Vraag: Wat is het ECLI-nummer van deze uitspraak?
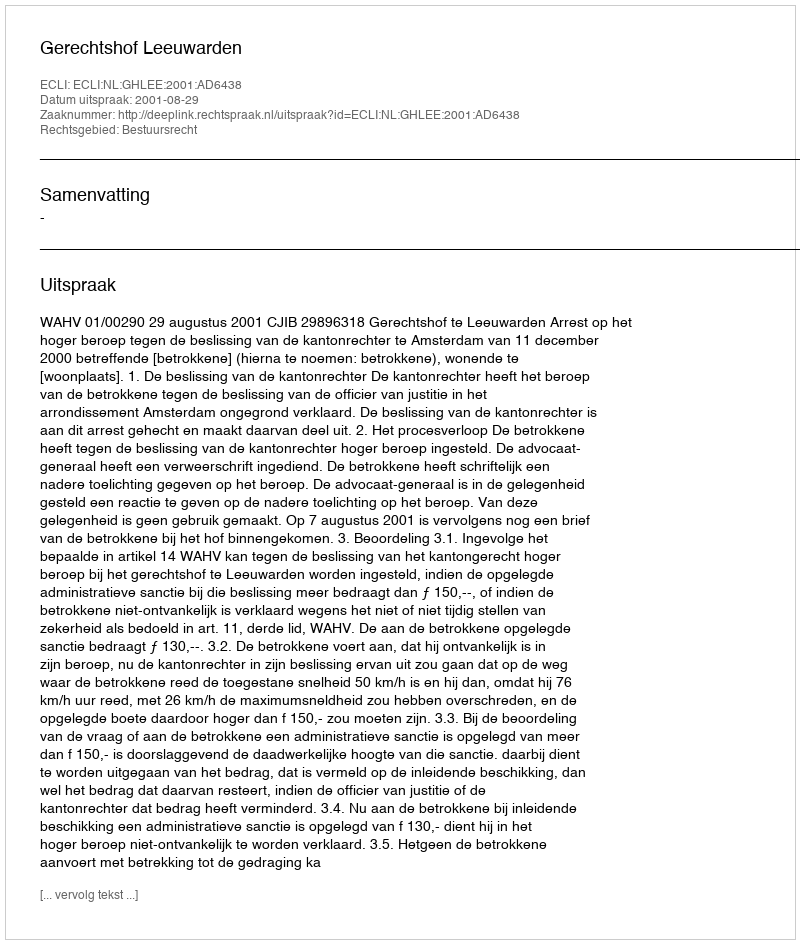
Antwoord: ECLI:NL:GHLEE:2001:AD6438